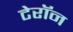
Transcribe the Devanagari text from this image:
टेरॉन